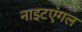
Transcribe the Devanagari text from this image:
नाइटएंगल